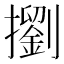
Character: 𢷶